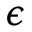
\epsilon